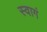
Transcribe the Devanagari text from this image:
स्वागं